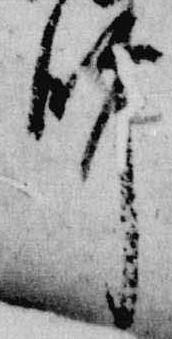
師